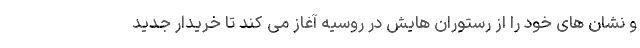
و نشان های خود را از رستوران هایش در روسیه آغاز می کند تا خریدار جدید